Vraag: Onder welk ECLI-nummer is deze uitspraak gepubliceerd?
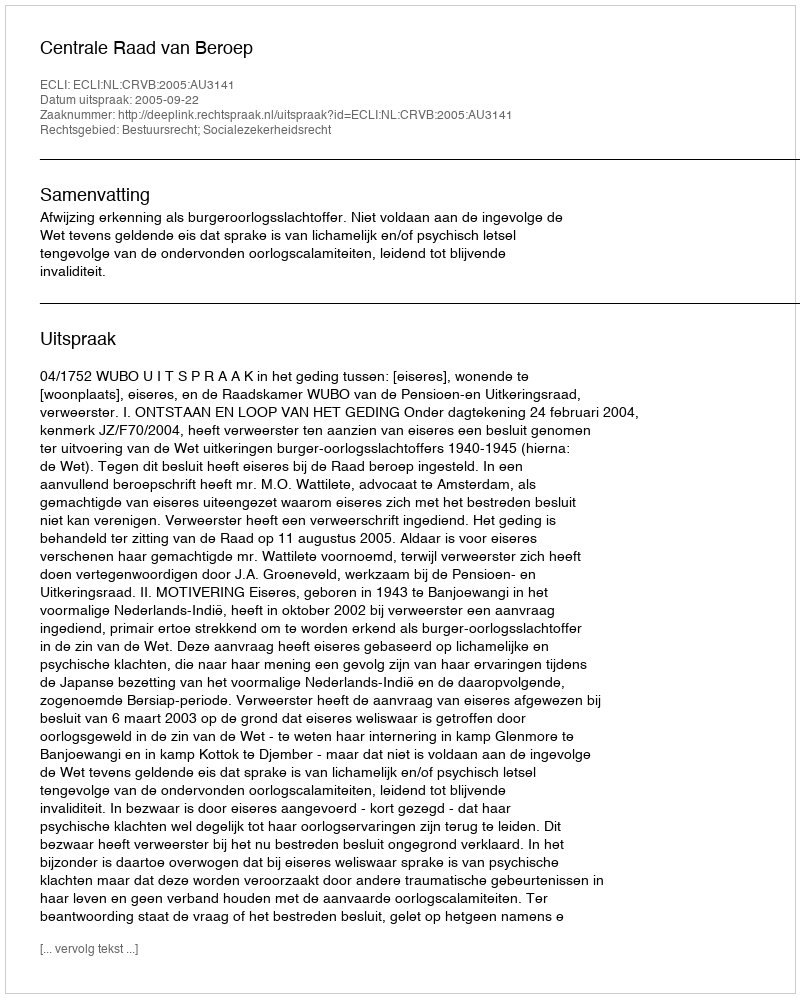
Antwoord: ECLI:NL:CRVB:2005:AU3141